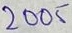
Text: 2005